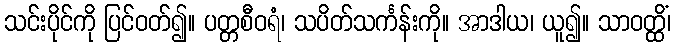
သင်းပိုင်ကို ပြင်ဝတ်၍။ ပတ္တစီဝရံ၊ သပိတ်သင်္ကန်းကို။ အာဒါယ၊ ယူ၍။ သာဝတ္ထိံ၊